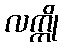
လက္ကို